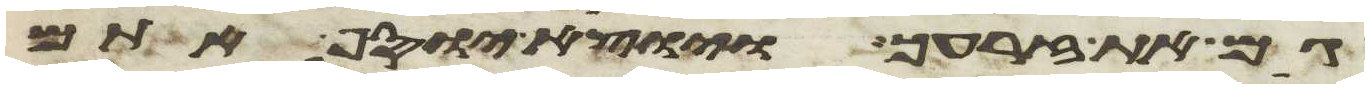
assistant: גם את זרעך ויוצא יוסף אתם